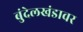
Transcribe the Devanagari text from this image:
बुंदेलखंडावर